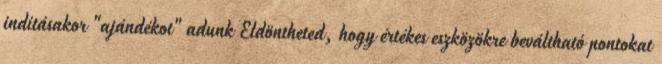
indításakor "ajándékot" adunk Eldöntheted, hogy értékes eszközökre beváltható pontokat